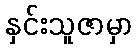
နှင်းသူဇာမှာ